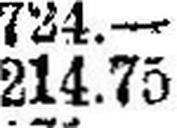
214.75